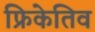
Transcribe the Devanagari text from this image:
फ्रिकेतिव